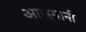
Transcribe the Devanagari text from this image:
आरस्पानी